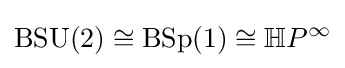
\operatorname {BSU} (2)\cong \operatorname {BSp} (1)\cong \mathbb {H} P^{\infty }